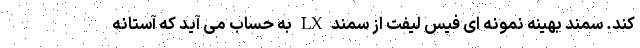
کند. سمند بهینه نمونه ای فیس لیفت از سمند LX به حساب می آید که آستانه